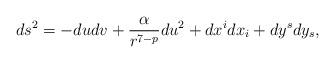
LaTeX: \begin{align*}ds^{2}=-dudv+\frac{\alpha}{r^{7-p}}du^{2}+dx^{i}dx_{i}+dy^{s}dy_{s},\end{align*}